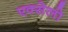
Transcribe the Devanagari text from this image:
एक्सेलो